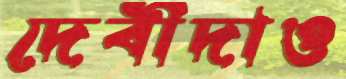
দেবীদাও